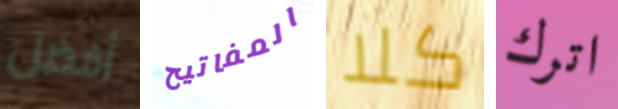
أفضل المفاتيح كلا اترك